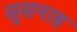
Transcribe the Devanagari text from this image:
सुसनाह